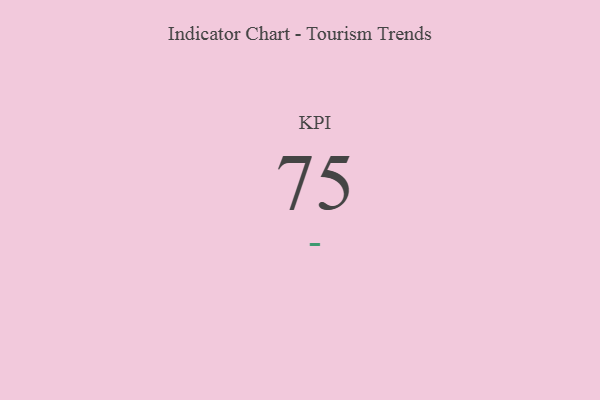
{"axis": {"x": "KPI", "y": "Value"}, "legend": [""], "data": [{"x": "KPI", "y": 75, "type": ""}]}